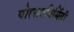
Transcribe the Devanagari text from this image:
पोलादनिर्मिती